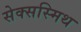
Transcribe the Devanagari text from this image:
सेक्सस्मिथ